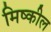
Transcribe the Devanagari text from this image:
मिष्कील